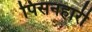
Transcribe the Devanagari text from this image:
पिसनहारी